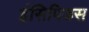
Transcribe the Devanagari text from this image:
इंसिपिडस